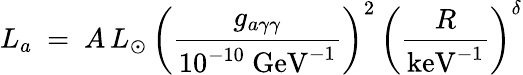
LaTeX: L_{a}\ =\ A\, L_{\odot}\, \bigg(\frac{g_{a\gamma\gamma}}{10^{-10}\ \mathrm{GeV}^{-1}}\bigg)^{2}\, \bigg(\frac{R}{\mathrm{keV}^{-1}}\bigg)^{\delta}